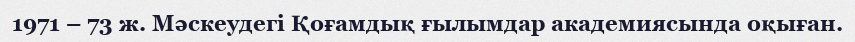
1971 – 73 ж. Мәскеудегі Қоғамдық ғылымдар академиясында оқыған.